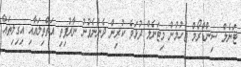
ޓަނެލް ސިންޑްރޯމް ޖެހުމުން މިޓަނެލް ދުޅަވެ ކުރިން ދެންނެވުނު ނާރުފިތި އަތްތިލައާއި އިގިލިތައް